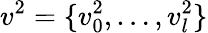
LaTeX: v^{2}=\{ v_{0}^{2},\ldots,v_{l}^{2}\}